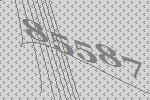
85587